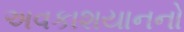
અવકાશયાનનો